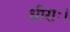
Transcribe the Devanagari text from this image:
धीराः।